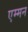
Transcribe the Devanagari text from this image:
एम्मन